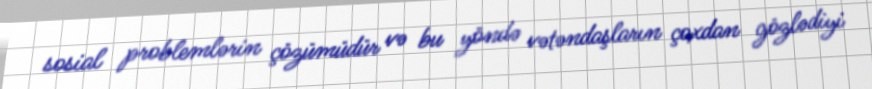
sosial problemlərin çözümüdür və bu yöndə vətəndaşların çoxdan gözlədiyi